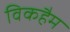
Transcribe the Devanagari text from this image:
विकहैम